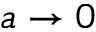
a \to 0